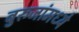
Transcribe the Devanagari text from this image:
बुरुजांमध्ये